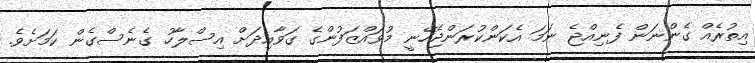
އިތުރެއް ގެންނަން ފެނިއްޖެ ނަމަ އެކަންކުރަންޖެހޭނީ މުވައްޒަފުންގެ ގަވާއިދަށް އިސްލާހު ގެނެސްގެން ކަމަށެވެ.